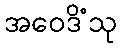
အဝေဒိံသု